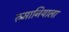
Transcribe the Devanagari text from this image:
रुमानियाला